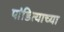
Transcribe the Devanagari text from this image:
पांडित्याच्या